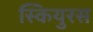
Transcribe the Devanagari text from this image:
स्कियुरस